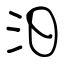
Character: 汨